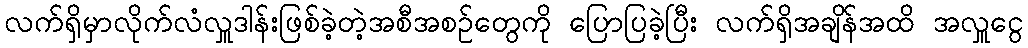
လက်ရှိမှာလိုက်လံလှူဒါန်းဖြစ်ခဲ့တဲ့အစီအစဉ်တွေကို ပြောပြခဲ့ပြီး လက်ရှိအချိန်အထိ အလှူငွေ